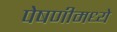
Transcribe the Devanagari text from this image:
पेषणीमध्ये